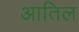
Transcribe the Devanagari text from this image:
आतिल